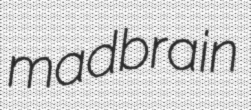
madbrain